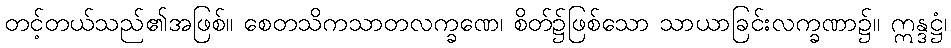
တင့်တယ်သည်၏အဖြစ်။ စေတသိကသာတလက္ခဏေ၊ စိတ်၌ဖြစ်သော သာယာခြင်းလက္ခဏာ၌။ ဣန္ဒဋ္ဌံ၊